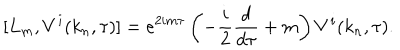
LaTeX: [ L _ { m } , V ^ { i } ( k _ { n } , \tau ) ] = e ^ { 2 i m \tau } \left( - \frac { i } { 2 } \frac { d } { d \tau } + m \right) V ^ { i } ( k _ { n } , \tau ) .